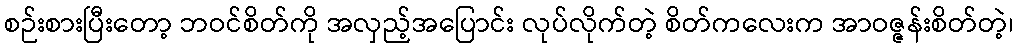
စဉ်းစားပြီးတော့ ဘဝင်စိတ်ကို အလှည့်အပြောင်း လုပ်လိုက်တဲ့ စိတ်ကလေးက အာဝဇ္ဇန်းစိတ်တဲ့၊